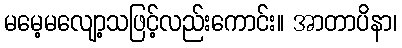
မမေ့မလျော့သဖြင့်လည်းကောင်း။ အာတာပိနာ၊